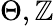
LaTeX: \Theta,\mathbb{Z}